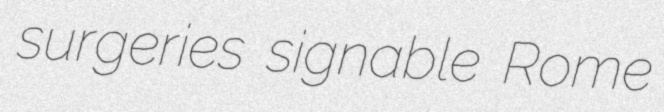
surgeries signable Rome